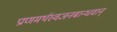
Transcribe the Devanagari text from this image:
प्राणमर्थस्वजनबान्धवान्